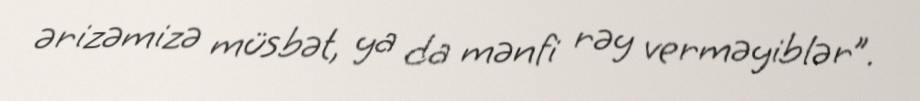
ərizəmizə müsbət, ya da mənfi rəy verməyiblər”.